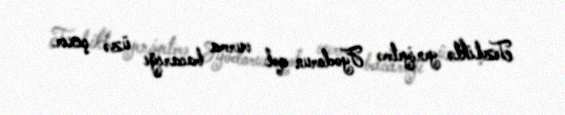
Tezliklə yeniyetmə Fyodorun qol vurma bacarığı üzə çıxır.